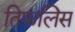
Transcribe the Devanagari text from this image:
तिफलिस